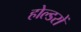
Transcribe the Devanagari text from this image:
होल्डरों